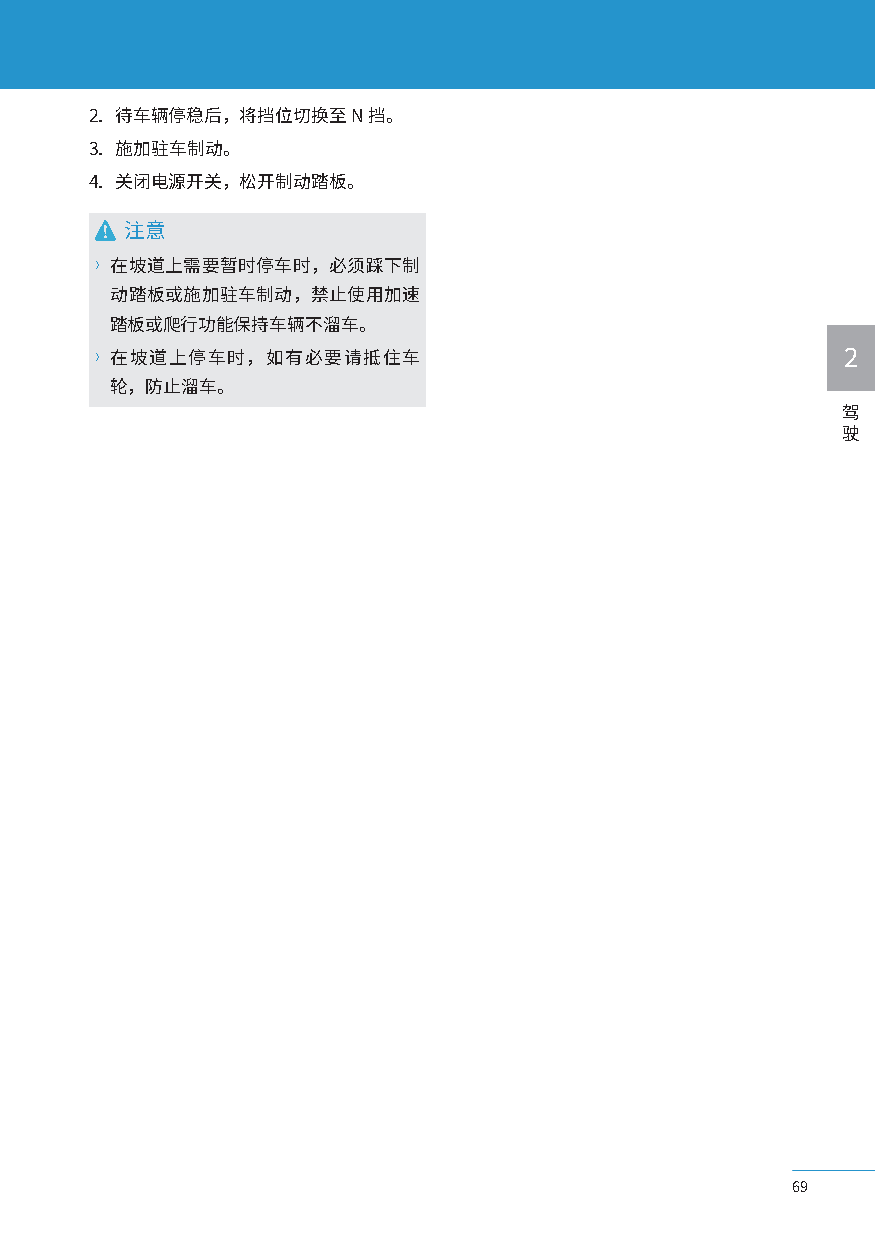
2. 待车辆停稳后，将挡位切换至N挡。
 3. 施加驻车制动。
 4. 关闭电源开关，松开制动踏板。
 注意
 〉在坡道上需要暂时停车时，必须踩下制
 动踏板或施加驻车制动，禁止使用加速
 踏板或爬行功能保持车辆不溜车。
 〉在坡道上停车时，如有必要请抵住车                                 2
 轮，防止溜车。
 驾
 驶
 69